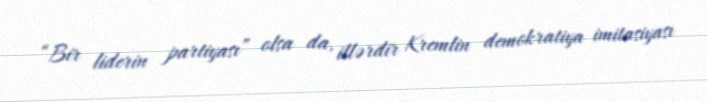
“Bir liderin partiyası” olsa da, illərdir Kremlin demokratiya imitasiyası